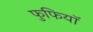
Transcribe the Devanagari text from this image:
फुफियाॅ